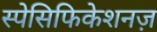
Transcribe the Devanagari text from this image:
स्पेसिफिकेशनज़